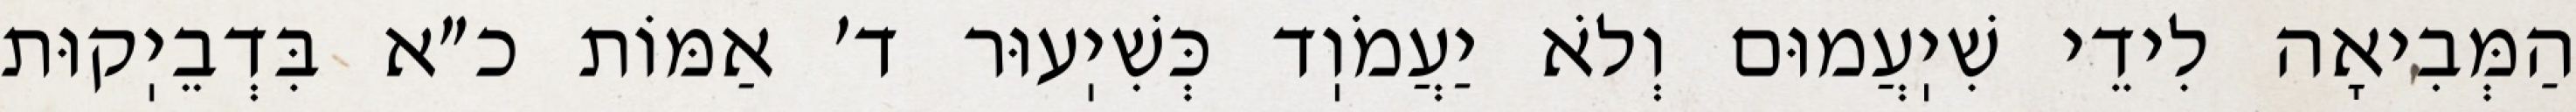
הַמְּבִיאָה לִידֵי שִׁיֽעֲמוּם וְלֹא יַעֲמֹוֽד כְּשִׁיֽעוּר ד׳ אַמּוֹת כ״א בִּדְבֵיֽקוּת